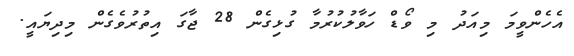
އެހެންވީމަ މިއަދު މި ވޯޑް ހަވާލުކުރުމާ ގުޅިގެން 28 ޖާގަ އިތުރުވެގެން މިދިޔައީ.